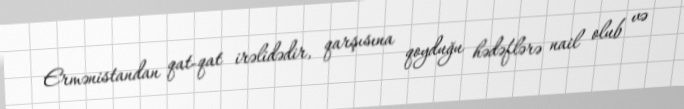
Ermənistandan qat-qat irəlidədir, qarşısına qoyduğu hədəflərə nail olub və